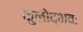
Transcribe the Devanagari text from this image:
कुलोद्भवः